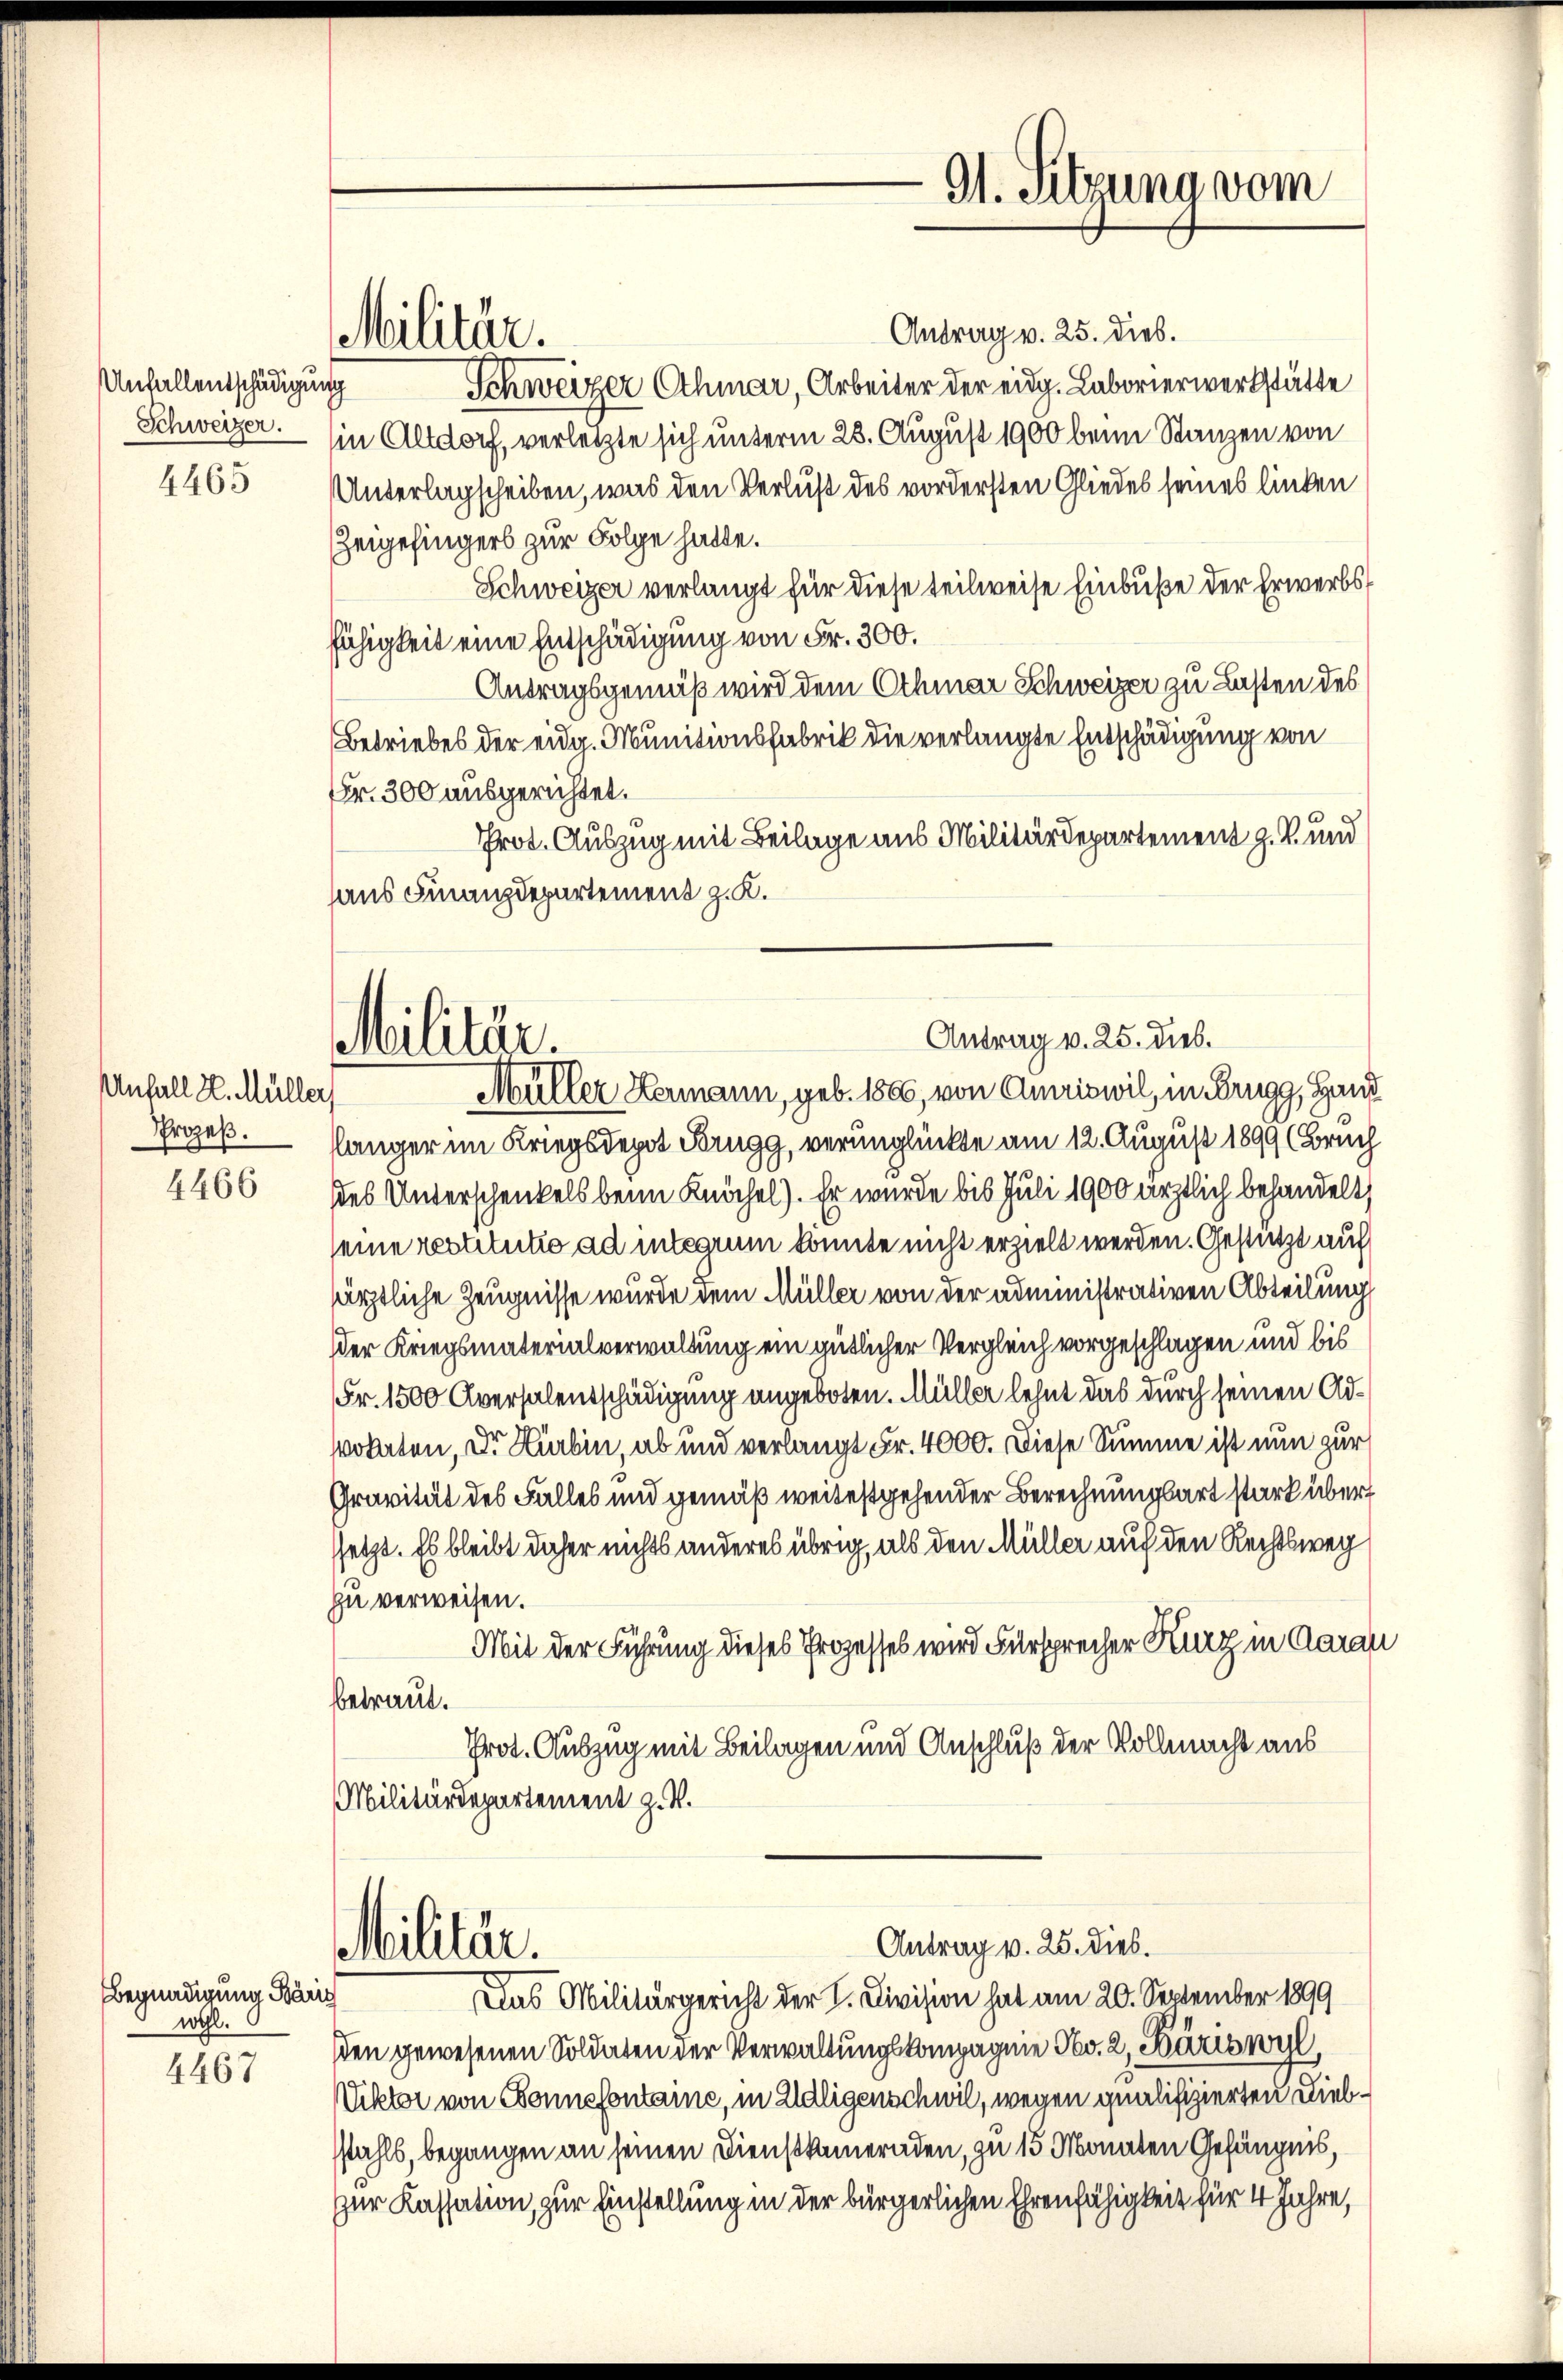
Unfallentschädigung

4465

Unfall 2. Müller
Prozeß.

4466

4467

Begnadigung Bäris
wohl.

Antrag v. 25. dies.
Schweizer Athmar, Arbeiter der eidg. Laborierwerkstätte
Schweizer in Altdorf, verletzte sich unterm 23. August 1900 beim Stanzen von
Unterlagscheiben, was den Verlust des vordersten Gliedes seines linken
Zeigefingers zur Folge hatte.
Schweizer verlangt für diese teilweise Einbuße der Erwerbsfähigkeit eine Entschädigung von Fr. 300.
Antragsgemäß wird dem Othmar Schweizer zu Lasten des
Betriebes der eidg. Munitionsfabrik die verlangte Entschädigung von
Fr. 300 ausgerichtet.
Prot. Auszug mit Beilage aus Militärdepartement z. B. und
haus Finanzdepartement z. K.
Müller Hermann, geb. 1866, von Amriswil, in Brugg, Hand
slänger im Kriegsdepot Serugg, verunglückte am 12. August 1899 (Bruch
des Unterschenkels beim Knöchel). Er wurde bis Juli 1900 ärztlich behandelt,
seine restitutio ad integrum könnte nicht erzielt werden. Gestützt auf
särztliche Zeugnisse wurde dem Müller von der administrativen Abteilung
der Kriegsmaterialverwaltung ein gütlicher Vergleich vorgeschlagen und bis
Fr. 1500 Aversalentschädigung angeboten. Müller lehnt das durch seinen Adwohnten, der Kürbin, ab und verlangt Fr. 4000. Diese Summe ist nun zur
Gravität des Falles und gemäß weitestgehender Berechnungsart stark über
ssetzt. Es bleibt daher nichts anderes übrig, als den Müller auf den Rechtsweg
zu verweisen.
Mit der Führung dieses Prozesses wird Fürsprecher Kurz in Aarau
bbetraut.
Prot. Auszug mit Beilagen und Anschluß der Vollmacht aus
Militärdepartement z. B.

Militär.

Militär.

Militär.

9. Sitzung vom

Antrag v. 25. dieb.

Antrag v. 25. dies.

Das Militärgericht der I. Civision hat am 20. September 1899
den gewesenen Soldaten der Verwaltungskompagnie No. 2, Bäriswyl,
Viktor von Bonnefontaine, in Adligenschwil, wegen qualifizierten Diebstahls, begangen an seinen Dienstkameraden, zu 15 Monaten Gefängnis,
zur Kassation, zur Einstellung in der bürgerlichen Ehrenfähigkeit für 4 Jahre,